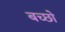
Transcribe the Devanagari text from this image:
बच्छो